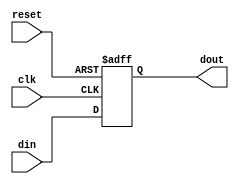
module SynchronousRegister #(
    parameter WIDTH = 8  // Define the bit-width of the register
) (
    input wire clk,          // Clock input
    input wire reset,        // Asynchronous reset input
    input wire [WIDTH-1:0] din, // Data input
    output reg [WIDTH-1:0] dout // Data output
);

    // Always block triggered by the clock edge
    always @(posedge clk or posedge reset) begin
        if (reset) begin
            dout <= {WIDTH{1'b0}}; // Reset output to 0
        end else begin
            dout <= din; // Capture the input data at rising edge of clock
        end
    end

endmodule